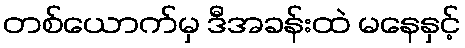
တစ်ယောက်မှ ဒီအခန်းထဲ မနေနှင့်